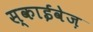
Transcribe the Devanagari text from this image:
स्काईवेज़